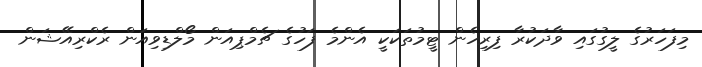
މިފަހަރުގެ ލީގުގައި ވާދަކުރާ ފިރިހެން ޓީމުތަކަކީ އެންމެ ފަހުގެ ޗެމްޕިއަން މޯލްޑިވިއަން ރެކްރިއޭޝަން